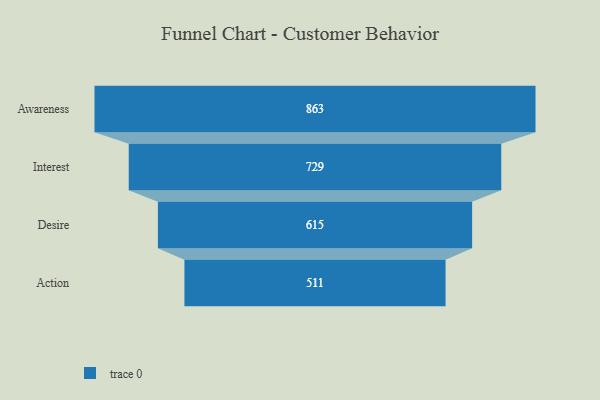
{"axis": {"x": "Stage", "y": "Value"}, "legend": [""], "data": [{"x": "Awareness", "y": 863.0, "type": ""}, {"x": "Interest", "y": 729.0, "type": ""}, {"x": "Desire", "y": 615.0, "type": ""}, {"x": "Action", "y": 511.0, "type": ""}]}